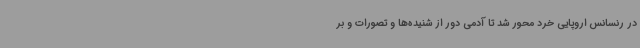
در رنسانس اروپایی خرد محور شد تا آدمی دور از شنیده‌ها و تصورات و بر